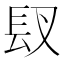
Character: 𮣸